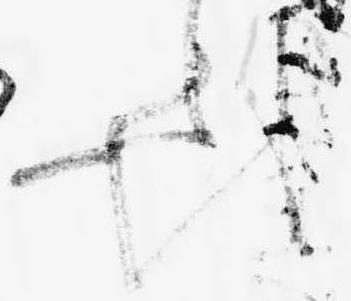
を